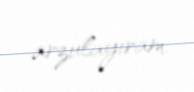
arzulayıram.